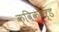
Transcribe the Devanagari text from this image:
क्विकबर्ड